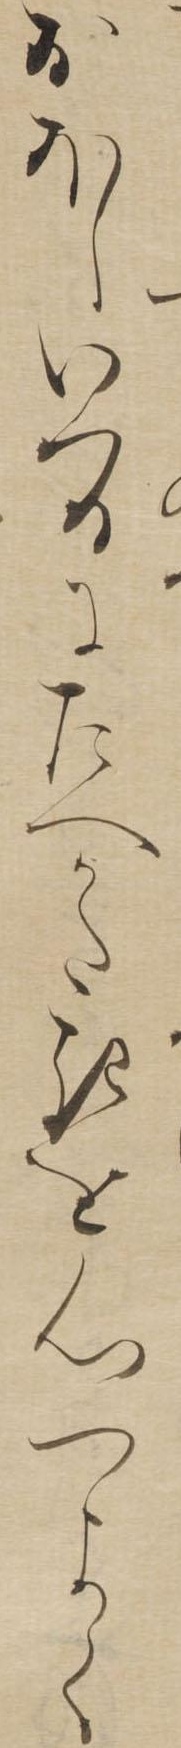
おほしいつるにたへかたきを心つよく